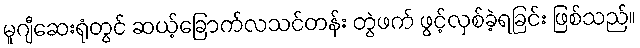
မူဂျီဆေးရုံတွင် ဆယ့်ခြောက်လသင်တန်း တွဲဖက် ဖွင့်လှစ်ခဲ့ရခြင်း ဖြစ်သည်။